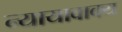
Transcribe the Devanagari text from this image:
न्यायावाक्य